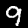
Digit: 9